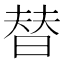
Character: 替